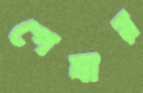
পেষার